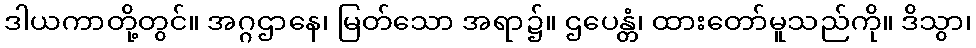
ဒါယကာတို့တွင်။ အဂ္ဂဌာနေ၊ မြတ်သော အရာ၌။ ဌပေန္တံ၊ ထားတော်မူသည်ကို။ ဒိသွာ၊